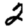
Digit: 2